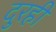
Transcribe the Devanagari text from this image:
दुरही